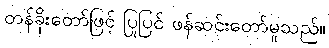
တန်ခိုးတော်ဖြင့် ပြုပြင် ဖန်ဆင်းတော်မူသည်။